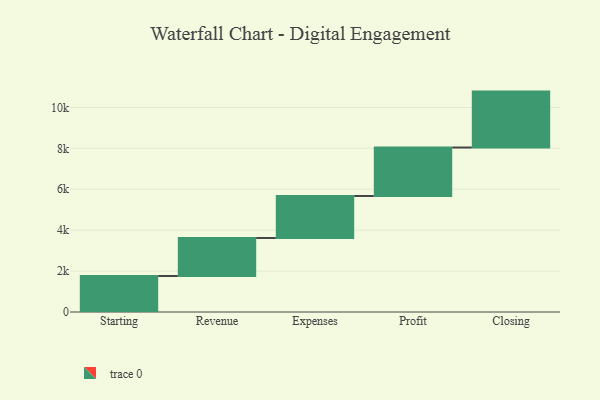
{"axis": {"x": "Step", "y": "Value"}, "legend": [""], "data": [{"x": "Starting", "y": 1761.0, "type": ""}, {"x": "Revenue", "y": 1858.0, "type": ""}, {"x": "Expenses", "y": 2053.0, "type": ""}, {"x": "Profit", "y": 2369.0, "type": ""}, {"x": "Closing", "y": 2733.0, "type": ""}]}